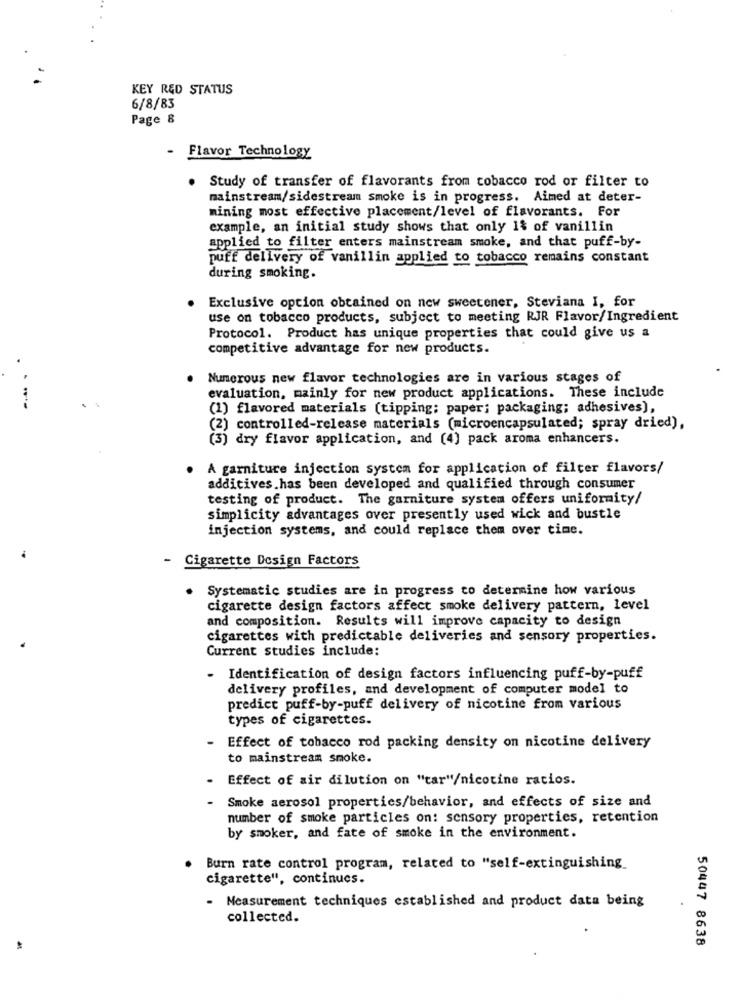
KEY RED STATUS
6/8/83
Page 8
Flavor Technology
Study of transfer of flavorants from tobacco rod or filter to
mainstream/sidestream smoke is in progress. Aimed at deter-
mining most effective placement/level of flavorants. For
example, an initial study shows that only 1& of vanillin
applied to filter enters mainstream smoke, and that puff-by-
puff delivery of vanillin applied to tobacco remains constant
during smoking.
Exclusive option obtained on new sweetener, Steviana I, for
use on tobacco products, subject to meeting RJR Flavor/Ingredient
Protocol. Product has unique properties that could give us a
competitive advantage for new products.
Numerous new flavor technologies are in various stages of
evaluation, mainly for new product applications. These include
(1) flavored materials (tipping; paper; packaging; adhesives),
(2) controlled-release materials (microencapsulated; spray dried),
(3) dry flavor application, and (4) pack aroma enhancers.
A garniture injection system for application of filter flavors/
additives.has been developed and qualified through consumer
testing of product. The garniture system offers uniformity/
simplicity advantages over presently used wick and bustle
injection systems, and could replace them over time.
- Cigarette Design Factors
Systematic studies are in progress to determine how various
cigarette design factors affect smoke delivery pattern, level
and composition. Results will improve capacity to design
cigarettes with predictable deliveries and sensory properties.
Current studies include:
- Identification of design factors influencing puff-by-puff
delivery profiles, and development of computer model to
predict puff-by-puff delivery of nicotine from various
types of cigarettes.
Effect of tobacco rod packing density on nicotine delivery
to mainstream smoke.
Effect of air dilution on "car"/nicotine ratios.
Smoke aerosol properties/behavior, and effects of size and
number of smoke particles on: sensory properties, retention
by smoker, and fate of smoke in the environment.
Burn rate control program, related to "self-extinguishing
cigarette", continucs.
- Measurement techniques established and product data being
collected.
50447 8638